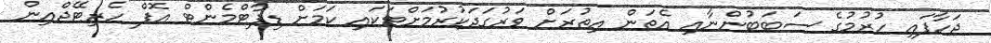
ޖަހާފައި ހުރުމުގެ ސަބަބުންނާއި އެތަން އިތުރަށް ވަރުގަދަކުރުމަށްޓަކައި ކަމަށް ޑިޕާޓްމެންޓް އޮފް ހެރިޓޭޖްއިން